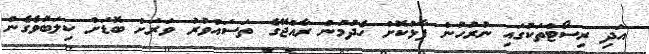
އަދި ރިސޯޓްތަކުގައި ނުރުހުން ފާޅުކޮށް ހެދުމުން ރާއްޖޭގެ ތަސައްވުރު ވަރަށް ބޮޑަށް ކިލަބުވެގެން